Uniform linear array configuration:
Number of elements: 4
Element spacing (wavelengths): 0.75
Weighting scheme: hamming
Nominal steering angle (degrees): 60
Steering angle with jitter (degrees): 61.193
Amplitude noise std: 0.05
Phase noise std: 0.05

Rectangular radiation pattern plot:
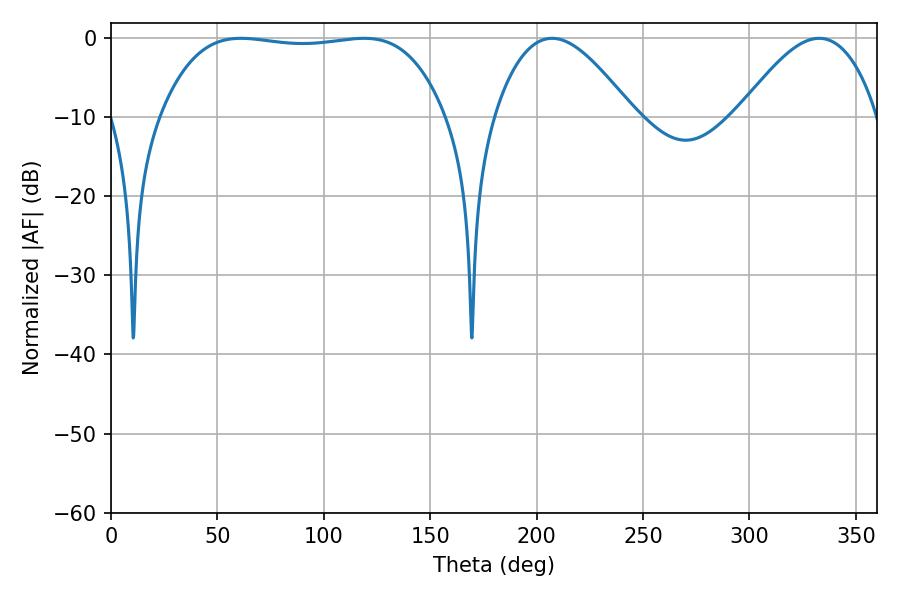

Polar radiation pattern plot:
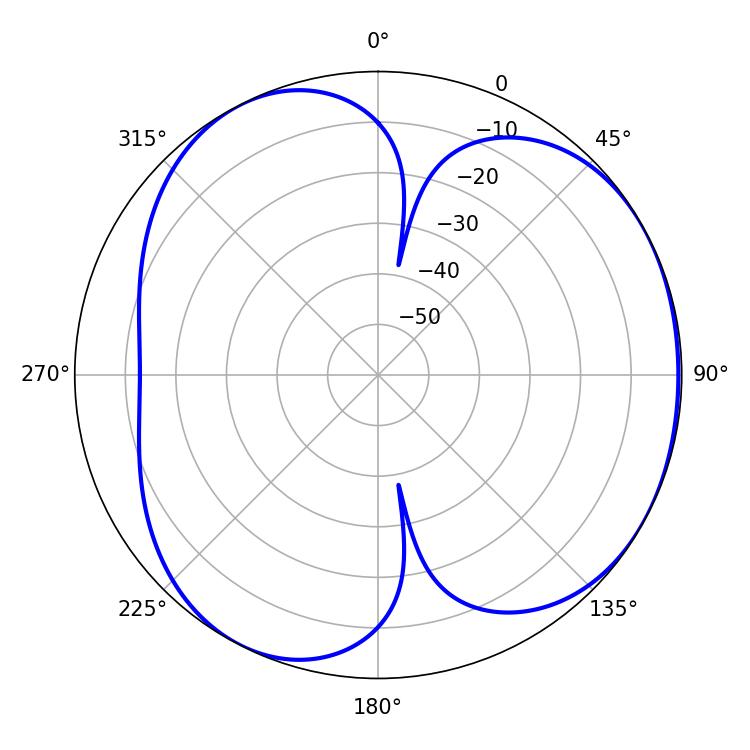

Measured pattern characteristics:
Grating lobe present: TRUE
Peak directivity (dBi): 3.991
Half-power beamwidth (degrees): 105.48
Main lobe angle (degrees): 61.02